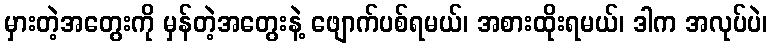
မှားတဲ့အတွေးကို မှန်တဲ့အတွေးနဲ့ ဖျောက်ပစ်ရမယ်၊ အစားထိုးရမယ်၊ ဒါက အလုပ်ပဲ၊